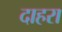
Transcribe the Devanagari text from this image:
दाहरा